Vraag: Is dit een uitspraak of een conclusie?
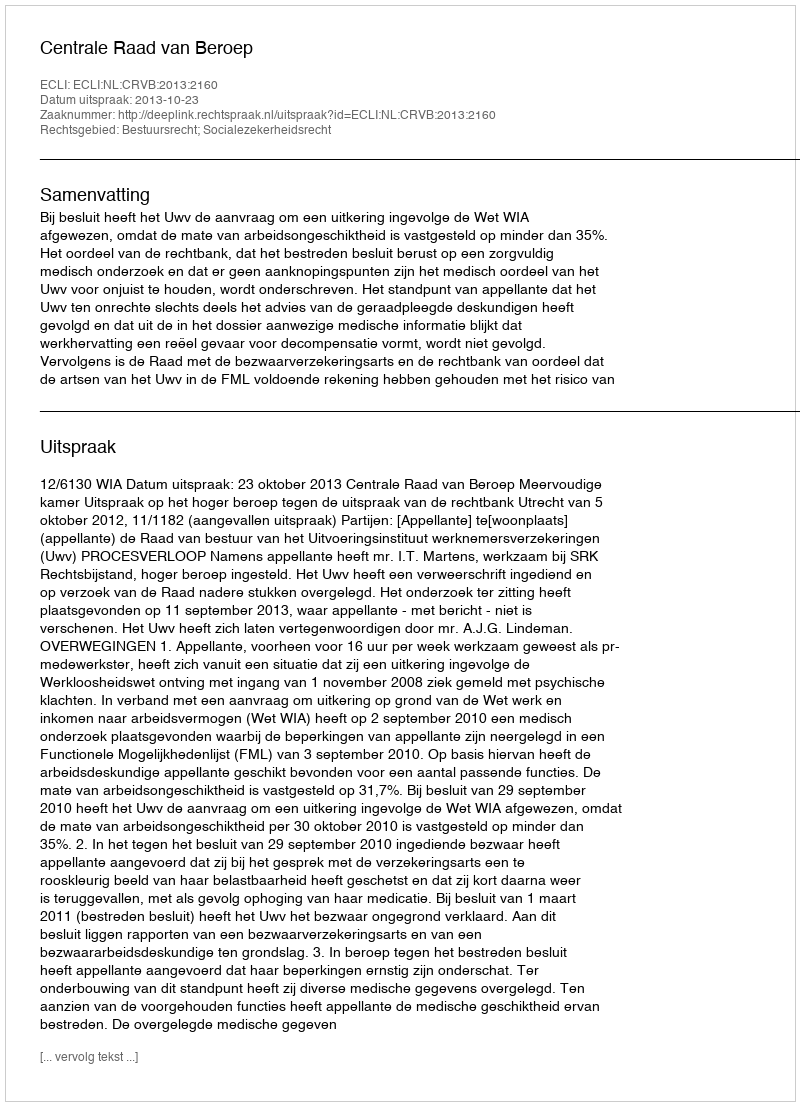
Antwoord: Uitspraak